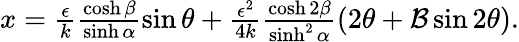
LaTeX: \begin{array}{r}{x=\frac{\epsilon}{k}\frac{\cosh\beta}{\sinh\alpha}\sin\theta+\frac{\epsilon^{2}}{4k}\frac{\cosh 2\beta}{\sinh^{2}\alpha}\left({2\theta}+{\mathcal{B}\sin 2\theta}\right).}\end{array}